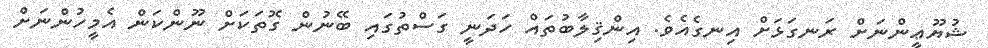
ޝުޔޫޢީންނަށް ރަނގަޅަށް އިނގެއެވެ. އިންޤިލާބުތައް ހަދަނީ ގަސްތުގައި ބޭނުން ގޮތަކަށް ނޫންކަން އެމީހުންނަށް